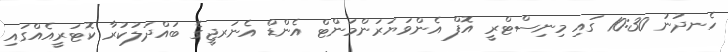
ހެނދުނު 10:30 ގައި މިނިސްޓްރީ އޮފް އެންވަޔަރަންމަންޓް އެންޑް އެނަރޖީގެ ބައްދަލުކުރާ ކޮޓަރީއެއްގައި